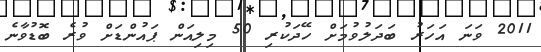
2011 ވަނަ އަހަރު ބަދަލުވުމަށް ހޭދަކުރި 50 މިލިއަން ޕައުންޑަށް ވުރެ ބޮޑުވާނެ